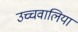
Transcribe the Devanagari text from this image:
उच्चवालिया